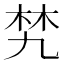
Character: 㭝